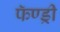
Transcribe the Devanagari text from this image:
फॅण्ड्री